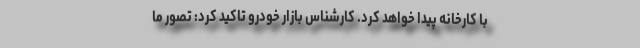
با كارخانه پيدا خواهد كرد. كارشناس بازار خودرو تاكيد كرد: تصور ما